Civil Veterinary Dept. Assam report 1911-1927 - 1911-1927
Year: 1911
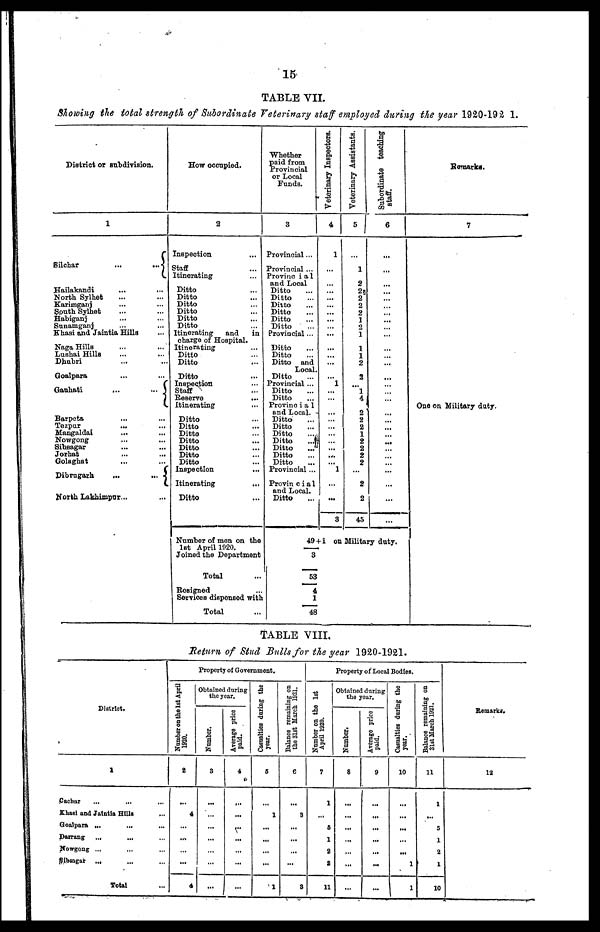
15
TABLE VII.
Showing the total strength of Subordinate Veterinary staff employed during the year 1920-1921.
District or subdivision.
1
Silchar
...
...
Hailakandi
North Sylhet
Karimgani
South Sylhet
Habiganj
Sunamganj
Khasi and Jaintia Hills
Naga Hills
Lushai Hills
Dhubri
Goalpara
Gauhati
...
...
Barpeta
Tezpur
Mangaldai
Nowgong
Sibsagar
Jorhat
Golaghat
Dibrugarh
...
...
North Lakhimpor...
How occupied.
2
Inspection
Staff
Itinerating
Ditto
Ditto
Ditto
Ditto
Ditto
Ditto
Itinerating
and
in
charge of Hospital.
Itinerating
Ditto
Ditto
Ditto
Inspection
Staff
Reserve
Itinerating
Ditto
Ditto
Ditto
Ditto
Ditto
Ditto
Ditto
Inspection
Itinerating
Ditto
Number of men on the
1st April 1020.
Joined the Department
Total
Resigned
Services dispensed with
Total
Whether
paid from
Provincial
or Local
Funds.
3
Provincial...
Provincial ...
Provincial
and Local
Ditto
Ditto
Ditto
Ditto
Ditto
Ditto
Provincial ...
Ditto
Ditto
Ditto
and
Local.
Ditto
Provincial ...
Ditto
Ditto
Provinc i a 1
and Local.
Ditto
Ditto
Ditto
Ditto
Ditto
Ditto
Ditto
Provincial ...
Provin c i a 1
and Local.
Ditto
49
3
53
4
1
48
Veterinary Inspectors.
4,
1
...
...
...
...
...
... 1
...
...
...
...
...
... 1
...
3
Veterinary Assistants.
5
1
2
2
2
2
2
1
2 1
1
1
2
2
... 1
4
2
2
2
1
2
2
2
2
2
2
45
Subordinate teaching
staff.
6
...
...
...
...
...
...
...
...
...
...
...
...
...
...
...
...
+ i on Military duty.
Remarks.
7
One on Military duty.
TABLE VIII.
Return of Stud Bulls for the year 1920-1921.
District.
1
Cachar
...
...
Khase and Jaintia Hills
Goalpara ...
Darrang
Nowgong ...
Sibiongar
...
Total
Property of Government.
Number on the 1st April
1920.
2
4
...
...
4
Obtained during
the year.
Number.
3
...
...
Average price
paid.
4
...
...
...
...
...
Casualties during the
year.
6
1
...
...
...
...
1
Balance
remaining on
the 31st March 1921.
6
8
...
...
...
...
3
Property of Local Bodies.
Number on the 1st
April 1920.
7
1
...
0
1
a
2
11
Obtained during
the year.
Number.
8
...
...
...
...
...
...
Average price
paid.
9
...
...
...
...
...
...
Casualties during the
year.
10
...
...
...
1
1
Balance remaining on
31st March 1921.
11
1
...
5
1
2
1
10
Remarks.
12